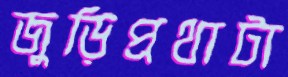
জুড়িপ্রথাটা